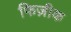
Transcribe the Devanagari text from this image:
फिज़ीक